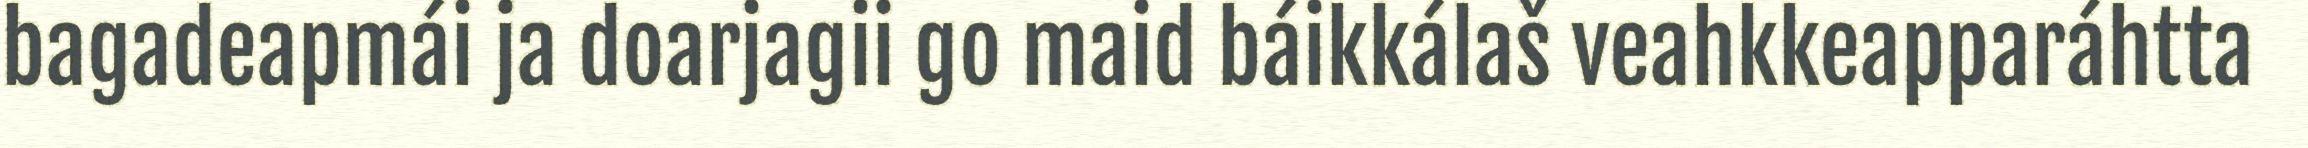
bagadeapmái ja doarjagii go maid báikkálaš veahkkeapparáhtta